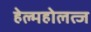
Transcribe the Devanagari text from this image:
हेल्महोलत्ज